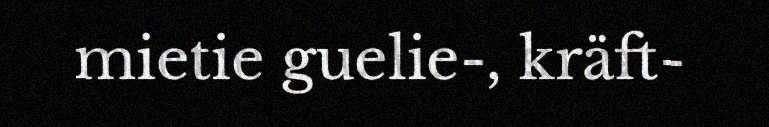
mietie guelie-, kräft-